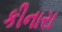
કીનારા